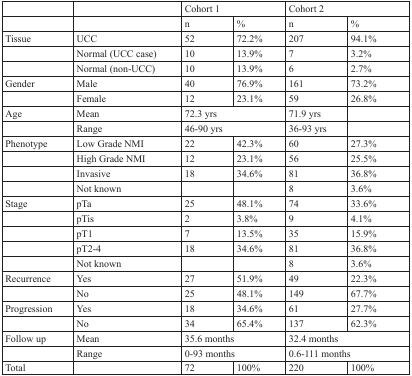
<table><thead><tr><td></td><td></td><td colspan="2"><b>Cohort 1</b></td><td colspan="2"><b>Cohort 2</b></td></tr></thead><tbody><tr><td></td><td></td><td>n</td><td>%</td><td>n</td><td>%</td></tr><tr><td>Tissue</td><td>UCC</td><td>52</td><td>72.2%</td><td>207</td><td>94.1%</td></tr><tr><td></td><td>Normal (UCC case)</td><td>10</td><td>13.9%</td><td>7</td><td>3.2%</td></tr><tr><td></td><td>Normal (non-UCC)</td><td>10</td><td>13.9%</td><td>6</td><td>2.7%</td></tr><tr><td>Gender</td><td>Male</td><td>40</td><td>76.9%</td><td>161</td><td>73.2%</td></tr><tr><td></td><td>Female</td><td>12</td><td>23.1%</td><td>59</td><td>26.8%</td></tr><tr><td>Age</td><td>Mean</td><td colspan="2">72.3 yrs</td><td>71.9 yrs</td><td></td></tr><tr><td></td><td>Range</td><td colspan="2">46-90 yrs</td><td>36-93 yrs</td><td></td></tr><tr><td>Phenotype</td><td>Low Grade NMI</td><td>22</td><td>42.3%</td><td>60</td><td>27.3%</td></tr><tr><td></td><td>High Grade NMI</td><td>12</td><td>23.1%</td><td>56</td><td>25.5%</td></tr><tr><td></td><td>Invasive</td><td>18</td><td>34.6%</td><td>81</td><td>36.8%</td></tr><tr><td></td><td>Not known</td><td></td><td></td><td>8</td><td>3.6%</td></tr><tr><td>Stage</td><td>pTa</td><td>25</td><td>48.1%</td><td>74</td><td>33.6%</td></tr><tr><td></td><td>pTis</td><td>2</td><td>3.8%</td><td>9</td><td>4.1%</td></tr><tr><td></td><td>pT1</td><td>7</td><td>13.5%</td><td>35</td><td>15.9%</td></tr><tr><td></td><td>pT2-4</td><td>18</td><td>34.6%</td><td>81</td><td>36.8%</td></tr><tr><td></td><td>Not known</td><td></td><td></td><td>8</td><td>3.6%</td></tr><tr><td>Recurrence</td><td>Yes</td><td>27</td><td>51.9%</td><td>49</td><td>22.3%</td></tr><tr><td></td><td>No</td><td>25</td><td>48.1%</td><td>149</td><td>67.7%</td></tr><tr><td>Progression</td><td>Yes</td><td>18</td><td>34.6%</td><td>61</td><td>27.7%</td></tr><tr><td></td><td>No</td><td>34</td><td>65.4%</td><td>137</td><td>62.3%</td></tr><tr><td>Follow up</td><td>Mean</td><td colspan="2">35.6 months</td><td colspan="2">32.4 months</td></tr><tr><td></td><td>Range</td><td colspan="2">0-93 months</td><td colspan="2">0.6-111 months</td></tr><tr><td>Total</td><td></td><td>72</td><td>100%</td><td>220</td><td>100%</td></tr></tbody></table>